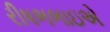
રીષભભાઇએ